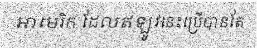
អាមេរិក ដែលឥឡូវនេះប្រើបានតែ